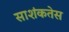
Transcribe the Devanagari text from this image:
साशंकतेस